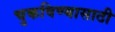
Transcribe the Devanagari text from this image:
चुकविण्यासाठी